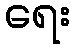
ရေး